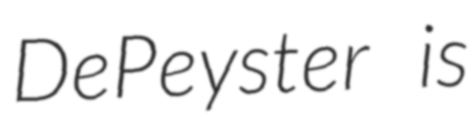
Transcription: DePeyster is